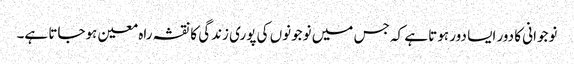
نوجوانی کا دور ایسا دور ہوتا ہے کہ جس میں نوجونوں کی پوری زندگی کا نقشہ راہ معین ہوجاتا ہے۔